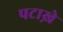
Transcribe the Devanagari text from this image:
पटाख़े